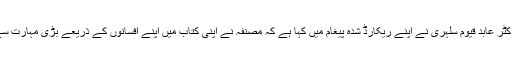
ایگزیکٹو ڈائریکٹر، ایس ڈی پی آئی، ڈاکٹر عابد قیوم سلہری نے اپنے ریکارڈ شدہ پیغام میں کہا ہے کہ مصنفہ نے اپنی کتاب میں اپنے افسانوں کے ذریعے بڑی مہارت سے معاشرے کا اصل چہرہ دکھایا ہے ۔